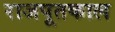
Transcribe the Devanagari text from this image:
राजपूतकाल